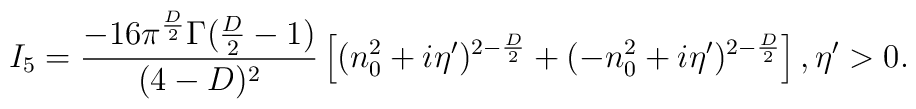
I_5 = \frac{-16 \pi^{\frac{D}{2}} \Gamma (\frac{D}{2}-1)}{(4-D)^2}\left[(n_0^2 +i\eta^{\prime})^{2-\frac{D}{2}} + (-n_0^2 +i\eta^{\prime})^{2-\frac{D}{2}} \right],\eta^{\prime} > 0.